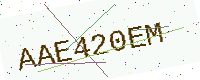
Text: AAE420EM